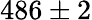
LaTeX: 486\pm 2